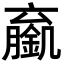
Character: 𬫼